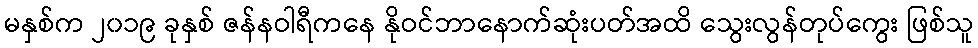
မနှစ်က ၂၀၁၉ ခုနှစ် ဇန်နဝါရီကနေ နိုဝင်ဘာနောက်ဆုံးပတ်အထိ သွေးလွန်တုပ်ကွေး ဖြစ်သူ